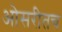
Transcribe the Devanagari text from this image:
ओसरीतच